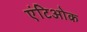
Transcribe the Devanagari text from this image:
एंटिओक